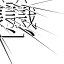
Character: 𱟛